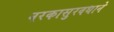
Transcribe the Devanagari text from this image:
नरकासुरवधाने